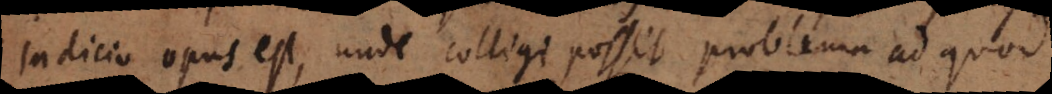
Indicio opus est, unde colligi possit problema ad quod